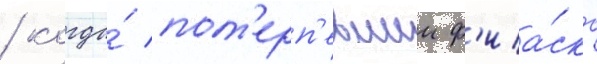
/ когда́ пот'ерп'евшии ф'иа́ско